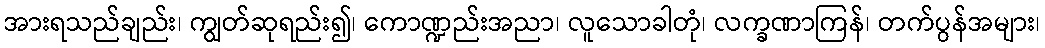
အားရသည်ချည်း၊ ကျွတ်ဆုရည်း၍၊ ကောဏ္ဍည်းအညာ၊ လူသောခါတုံ၊ လက္ခဏာကြန်၊ တက်ပွန်အများ၊